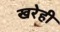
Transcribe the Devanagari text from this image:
खरेही